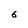
Character: 6